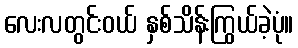
လေးလတွင်းဝယ် နှစ်သိန်းကြွယ်ခဲ့ပုံ။